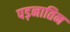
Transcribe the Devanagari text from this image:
पड़नातिन